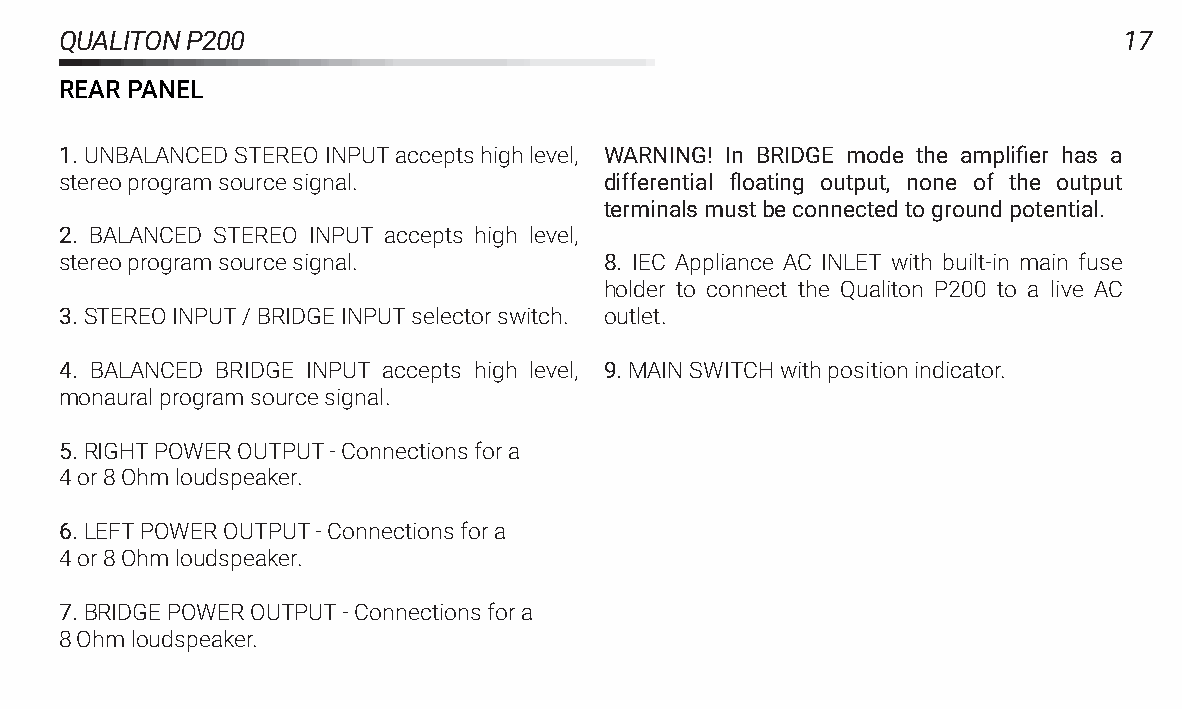
QUALITONP200                                                          17
 REARPANEL
 1.UNBALANCEDSTEREOINPUTacceptshighlevel, WARNING! In BRIDGE mode the amplifier has a
 stereoprogramsourcesignal.          differential floating output, none of the output
 terminalsmustbeconnectedtogroundpotential.
 2. BALANCED STEREO INPUT accepts high level,
 stereoprogramsourcesignal.          8. IEC Appliance AC INLET with built-in main fuse
 holder to connect the Qualiton P200 to a live AC
 3.STEREOINPUT/BRIDGEINPUTselectorswitch. outlet.
 4. BALANCED BRIDGE INPUT accepts high level, 9.MAINSWITCHwithpositionindicator.
 monauralprogramsourcesignal.
 5.RIGHTPOWEROUTPUT-Connectionsfora
 4or8Ohmloudspeaker.
 6.LEFTPOWEROUTPUT-Connectionsfora
 4or8Ohmloudspeaker.
 7.BRIDGEPOWEROUTPUT-Connectionsfora
 8Ohmloudspeaker.